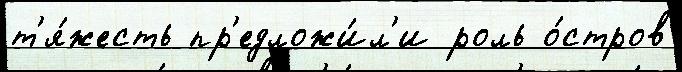
т'я́жесть пр'едложи́л'и роль о́стров